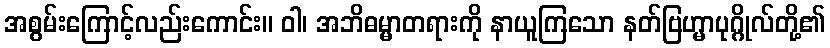
အစွမ်းကြောင့်လည်းကောင်း။ ဝါ၊ အဘိဓမ္မာတရားကို နာယူကြသော နတ်ဗြဟ္မာပုဂ္ဂိုလ်တို့၏